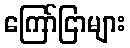
ကြော်ငြာများ